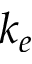
k _ { e }